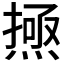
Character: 𱫰